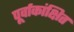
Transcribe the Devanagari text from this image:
पूर्वाकांक्षित